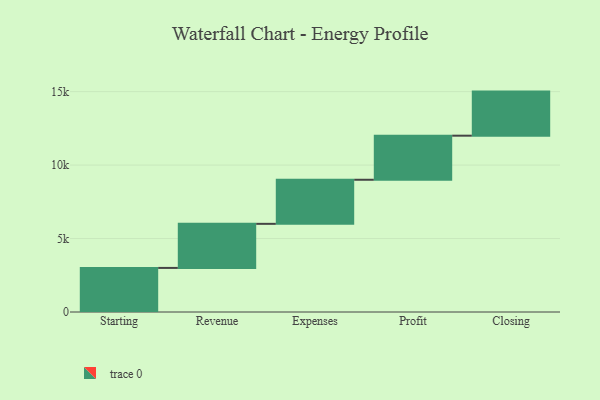
{"axis": {"x": "Step", "y": "Value"}, "legend": [""], "data": [{"x": "Starting", "y": 3000, "type": ""}, {"x": "Revenue", "y": 3000, "type": ""}, {"x": "Expenses", "y": 3000, "type": ""}, {"x": "Profit", "y": 3000, "type": ""}, {"x": "Closing", "y": 3000, "type": ""}]}